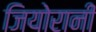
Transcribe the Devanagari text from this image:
जियोरानी